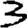
Digit: 3